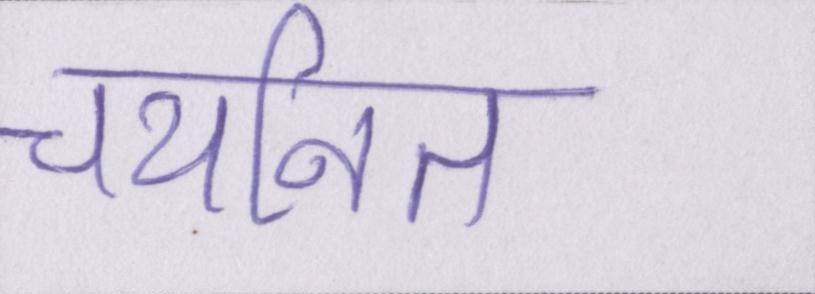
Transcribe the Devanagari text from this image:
चयनित